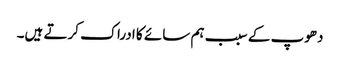
دھوپ کے سبب ہم سائے کا ادراک کرتے ہیں۔